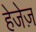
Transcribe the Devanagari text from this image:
हेजेज़